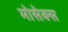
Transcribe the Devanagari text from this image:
मोसेक्स